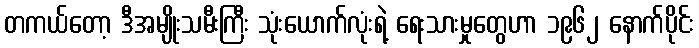
တကယ်တော့ ဒီအမျိုးသမီးကြီး သုံးယောက်လုံးရဲ့ ရေးသားမှုတွေဟာ ၁၉၆၂ နောက်ပိုင်း